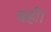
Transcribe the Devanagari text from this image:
चही।